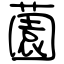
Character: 薗